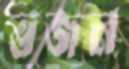
ভজন